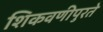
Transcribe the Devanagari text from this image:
शिकवणीपुरते